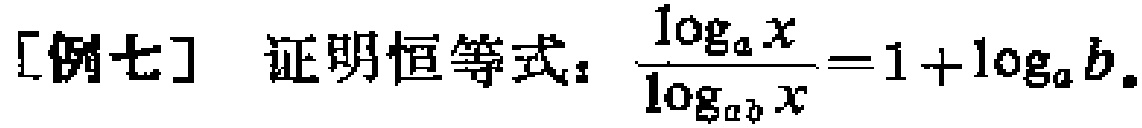
[例七] 证明恒等式：\(\frac{\log_{a}x}{\log_{ab}x}=1 + \log_{a}b\)